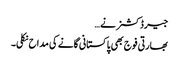
جیرڈ کشنر نے …
بھارتی فوج بھی پاکستانی گانے کی مداح نکلی۔